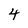
Character: 4